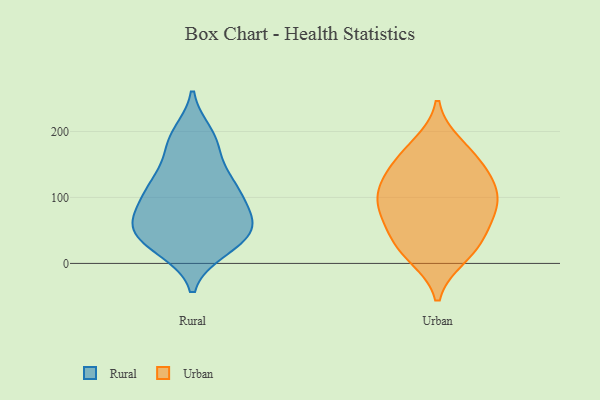
{"axis": {"x": "Budget (USD K)", "y": "Value"}, "legend": ["Rural", "Urban"], "data": [{"x": "", "y": 186, "type": "Rural"}, {"x": "", "y": 84, "type": "Rural"}, {"x": "", "y": 61, "type": "Rural"}, {"x": "", "y": 56, "type": "Rural"}, {"x": "", "y": 39, "type": "Rural"}, {"x": "", "y": 172, "type": "Rural"}, {"x": "", "y": 112, "type": "Rural"}, {"x": "", "y": 44, "type": "Rural"}, {"x": "", "y": 121, "type": "Rural"}, {"x": "", "y": 21, "type": "Rural"}, {"x": "", "y": 74, "type": "Rural"}, {"x": "", "y": 23, "type": "Rural"}, {"x": "", "y": 196, "type": "Rural"}, {"x": "", "y": 122, "type": "Rural"}, {"x": "", "y": 58, "type": "Rural"}, {"x": "", "y": 117, "type": "Rural"}, {"x": "", "y": 49, "type": "Urban"}, {"x": "", "y": 18, "type": "Urban"}, {"x": "", "y": 86, "type": "Urban"}, {"x": "", "y": 141, "type": "Urban"}, {"x": "", "y": 168, "type": "Urban"}, {"x": "", "y": 179, "type": "Urban"}, {"x": "", "y": 90, "type": "Urban"}, {"x": "", "y": 11, "type": "Urban"}, {"x": "", "y": 102, "type": "Urban"}, {"x": "", "y": 123, "type": "Urban"}, {"x": "", "y": 97, "type": "Urban"}, {"x": "", "y": 31, "type": "Urban"}, {"x": "", "y": 139, "type": "Urban"}, {"x": "", "y": 64, "type": "Urban"}]}